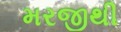
મરજીથી